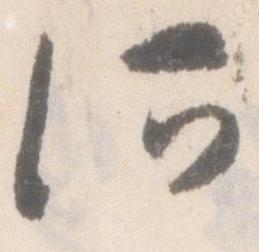
何